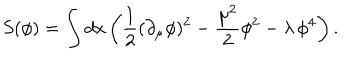
S ( \phi ) = \int d x \left( \frac { 1 } { 2 } ( \partial _ { \mu } \phi ) ^ { 2 } - \frac { \mu ^ { 2 } } { 2 } \phi ^ { 2 } - \lambda \, \phi ^ { 4 } \right) .